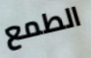
الطمع